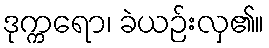
ဒုက္ကရော၊ ခဲယဉ်းလှ၏။